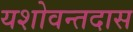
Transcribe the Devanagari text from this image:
यशोवन्तदास